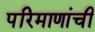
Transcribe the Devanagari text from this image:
परिमाणांची